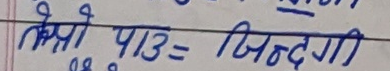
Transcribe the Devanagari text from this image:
तेस्रो पाठ = जिन्दगी